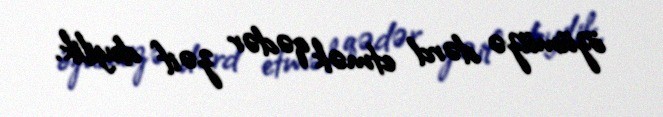
özümüzə dərd etmək qədər zəif deyilik.